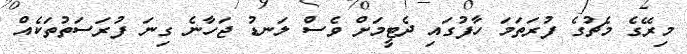
މިރޭގެ މެޗުގެ ފުރަތަމަ ހާފުގައި ދެޓީމަށް ވެސް ލަނޑު ޖަހާނެ ގިނަ ފުރަސަތުތަކެއް